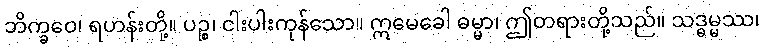
ဘိက္ခဝေ၊ ရဟန်းတို့။ ပဉ္စ၊ ငါးပါးကုန်သော။ ဣမေခေါ ဓမ္မာ၊ ဤတရားတို့သည်။ သဒ္ဓမ္မဿ၊